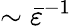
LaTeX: \sim\bar{\varepsilon}^{-1}